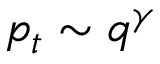
p _ { t } \sim q ^ { \gamma }